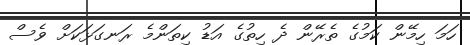
ހަމަ ހިމޭން ކަމުގެ ތެރޭން ދެ ހިތުގެ އަޑު ކިތަންމެ ރަނގަޅަކަށް ވެސް